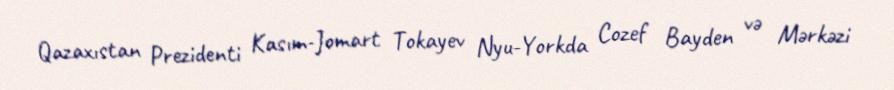
Qazaxıstan Prezidenti Kasım-Jomart Tokayev Nyu-Yorkda Cozef Bayden və Mərkəzi